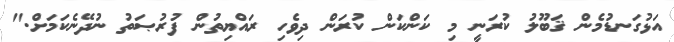
އަޅުގަނޑުމެން ޤަބޫލު ކުރަނީ މި ކަންކަން ކުރަން ދިވެހި ރައްޔިތުން ފުރުޞަތު ނުދޭނެކަމަށް."